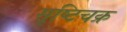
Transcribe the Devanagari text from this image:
सृष्टिचक्र